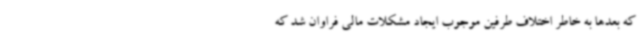
که بعدها به خاطر اختلاف طرفین موجوب ایجاد مشکلات مالی فراوان شد که